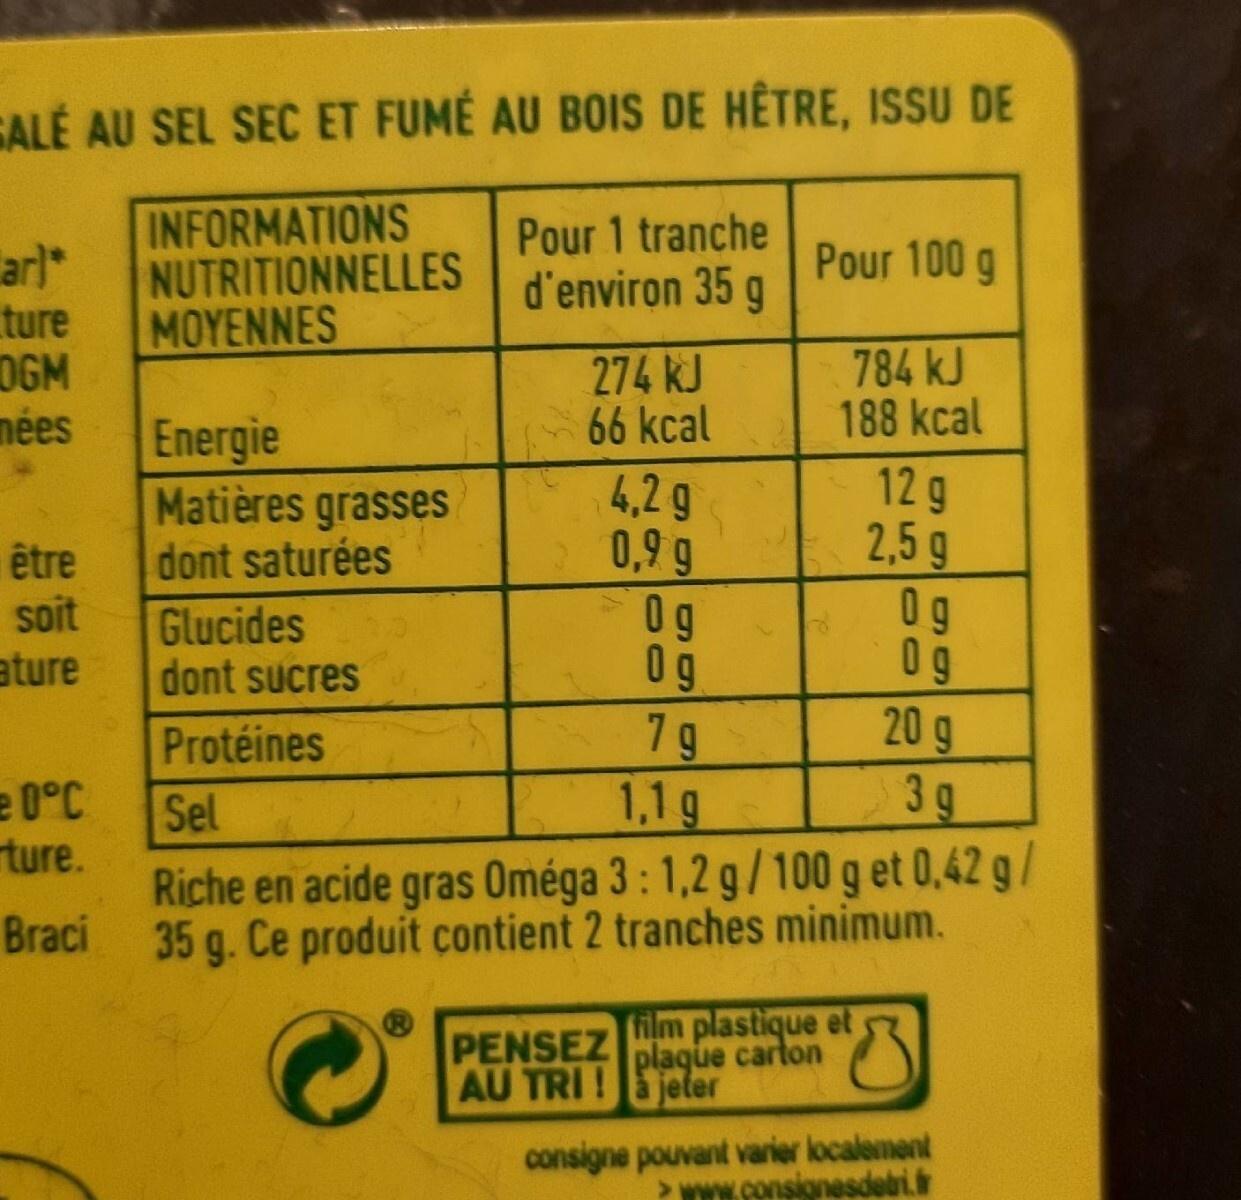
GALÉ AU SEL SEC ET FUMÉ AU BOIS DE HÊTRE, ISSU DE
INFORMATIONS NUTRITIONNELLES
MOYENNES
ar)*
ture
OGM
mées
être
soit
ature
0°C
ture.
Braci
Energie
Matières grasses
dont saturées
Pour 1 tranche d'environ 35 9
274 KJ
66 kcal
4,2 g 0,9 g
Og
Og
7 g
1,1 g
Pour 100 g
784 kJ
188 kcal
PENSEZ
AU TRI!à jeter
d
film plastique et plaque carton
12 g 2,5 g
Glucides
dont sucres
Protéines
Sel
Riche en acide gras Oméga 3: 1,2 g/100 g et 0.42 g/ 35 g. Ce produit contient 2 tranches minimum.
66
Og Og
20 g
3g
66
consigne pouvant varier localement >www.consignesdebri.ir